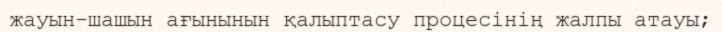
жауын-шашын ағынынын қалыптасу процесінің жалпы атауы;